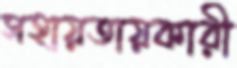
সহায়তায়কারী